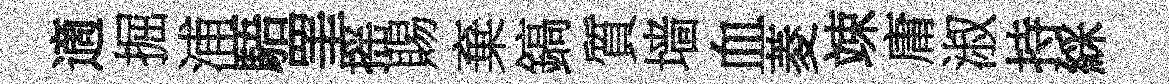
適掘浦䮏罣摇賜棄鎬質墙血菱竦庸淑持綵